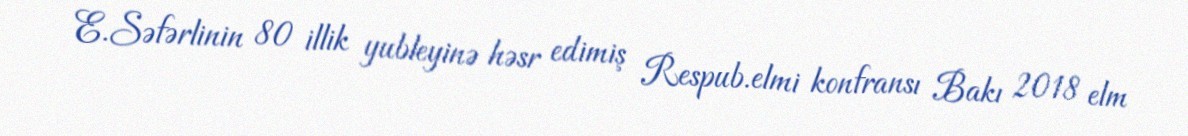
E.Səfərlinin 80 illik yubleyinə həsr edimiş Respub.elmi konfransı Bakı 2018 elm